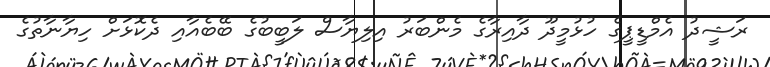
ރަޝީދު އެމްޑީޕީގެ ހުޅުމީދޫ ދާއިރާގެ މެންބަރު އިލިޔާސް ލަބީބުގެ ބޭބެއާއި ދެކޮޅަށް ހިޔާނާތުގެ